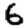
Digit: 6